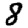
Digit: 8